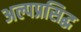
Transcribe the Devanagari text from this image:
अल्पप्रसिद्ध